Alma_Vaarman, lk 27
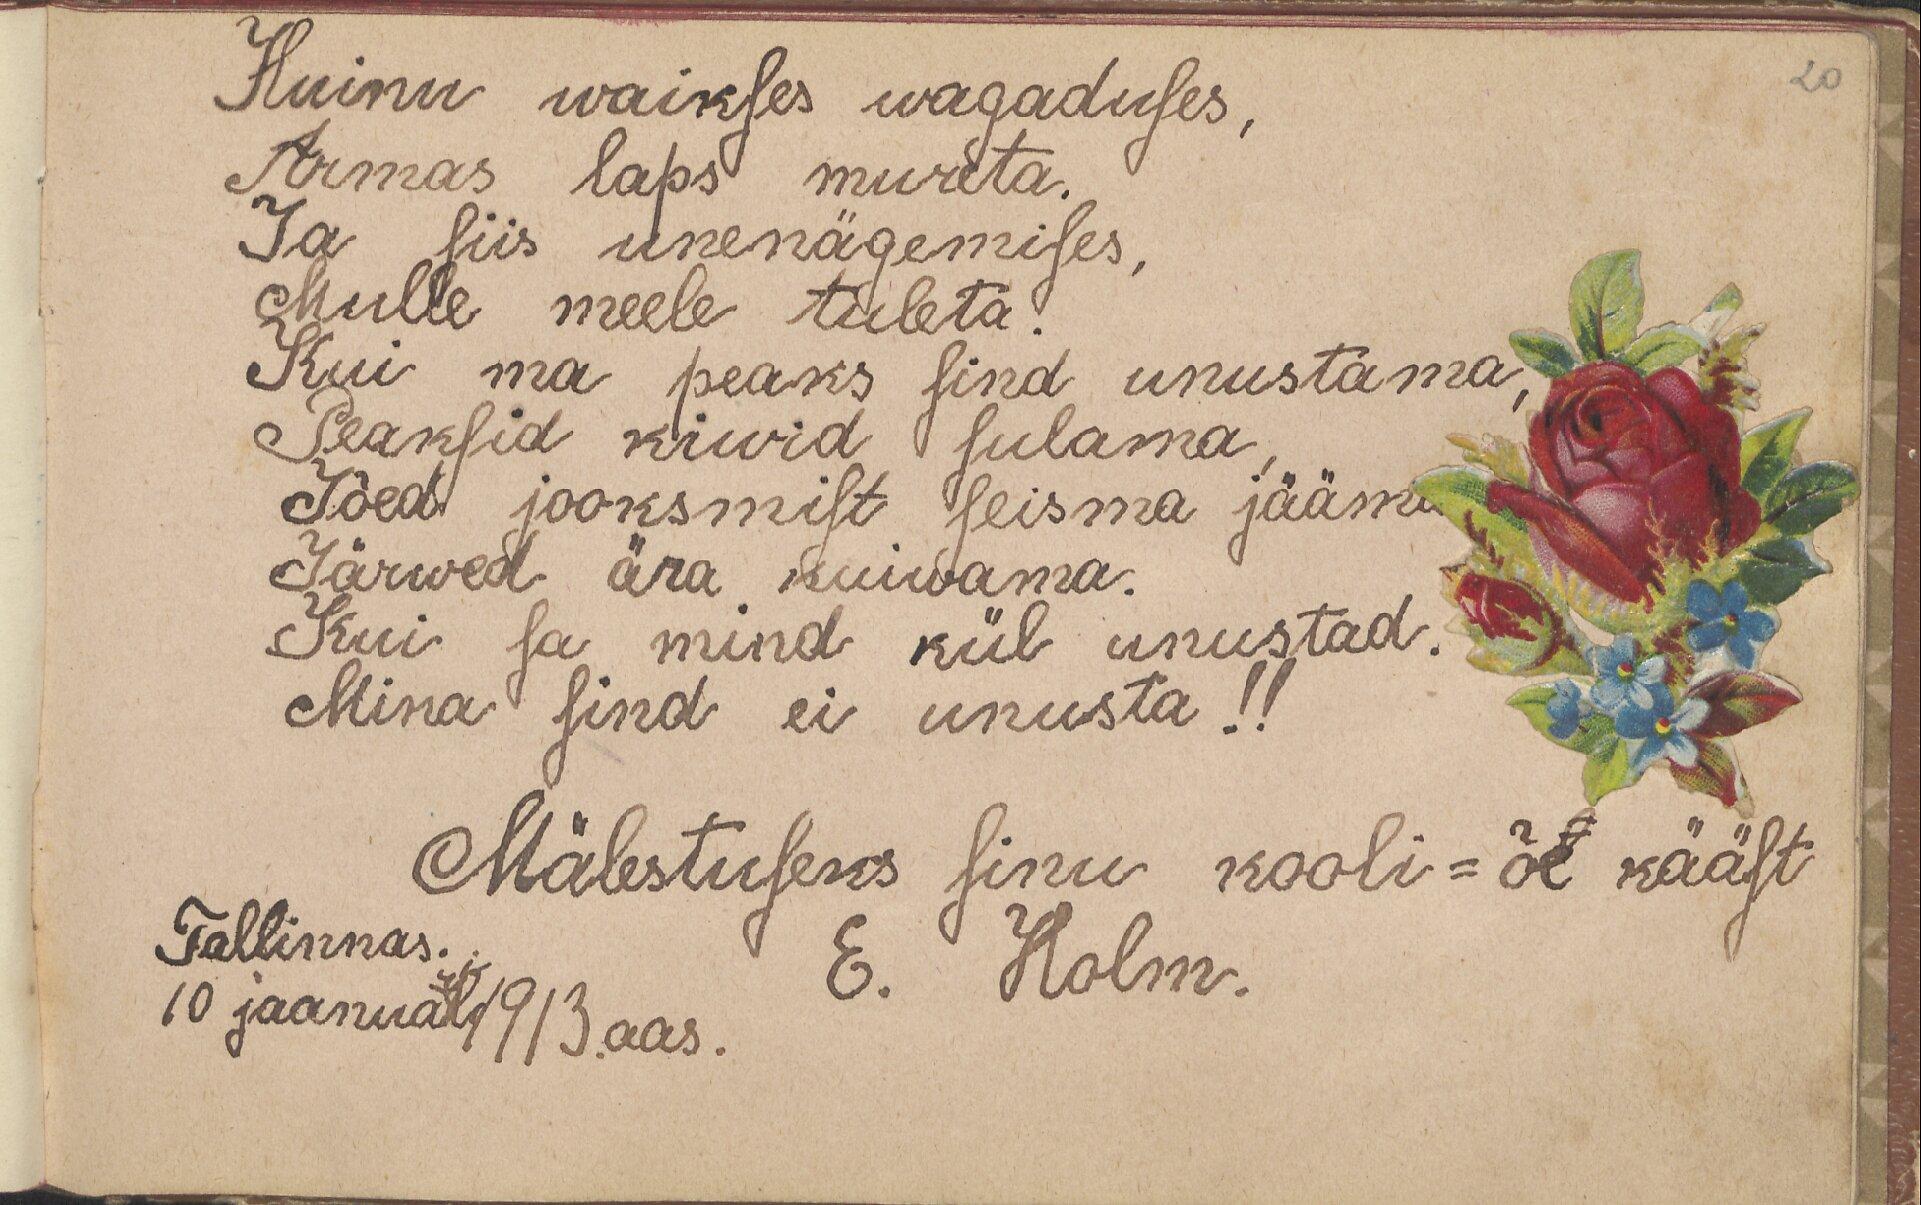
Huinu waikses wagaduses,
Armas laps mureta.
Ja siis unenägemises,
Mulle meele tuleta!
Kui ma peaks sind unustama
Peaksid kiwid sulama
Jõed jooksmist seisma jääma
Järwed ära kuiwama.
Kui sa mind kül unustad.
Mina sind ei unusta!!!
Mälestuseks sinu kooli-õe kääst
Tallinnas.
E. Holm.
10 jaanuaril 1913 aas.

20